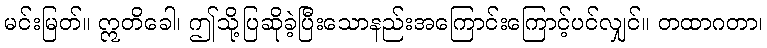
မင်းမြတ်။ ဣတိခေါ၊ ဤသို့ပြဆိုခဲ့ပြီးသောနည်းအကြောင်းကြောင့်ပင်လျှင်။ တထာဂတာ၊